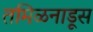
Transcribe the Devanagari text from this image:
तमिळनाडूस